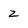
Character: 2